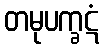
တမုပက္ခဋံ